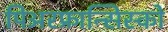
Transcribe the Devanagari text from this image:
पिअरफ्रान्सिस्को